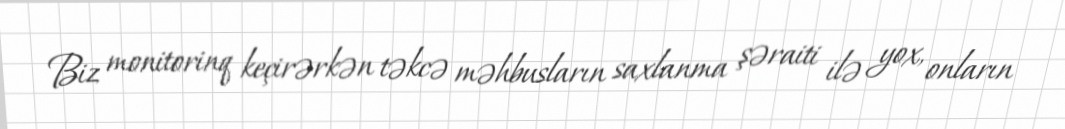
Biz monitorinq keçirərkən təkcə məhbusların saxlanma şəraiti ilə yox, onların